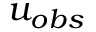
u _ { o b s }